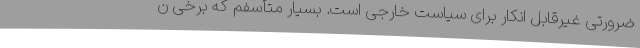
ضرورتی غیرقابل انکار برای سیاست خارجی است. بسیار متأسفم که برخی ن